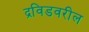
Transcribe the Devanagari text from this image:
द्रविडवरील